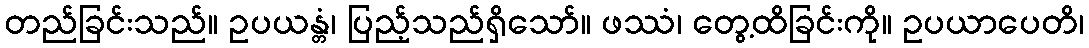
တည်ခြင်းသည်။ ဥပယန္တံ၊ ပြည့်သည်ရှိသော်။ ဖဿံ၊ တွေ့ထိခြင်းကို။ ဥပယာပေတိ၊